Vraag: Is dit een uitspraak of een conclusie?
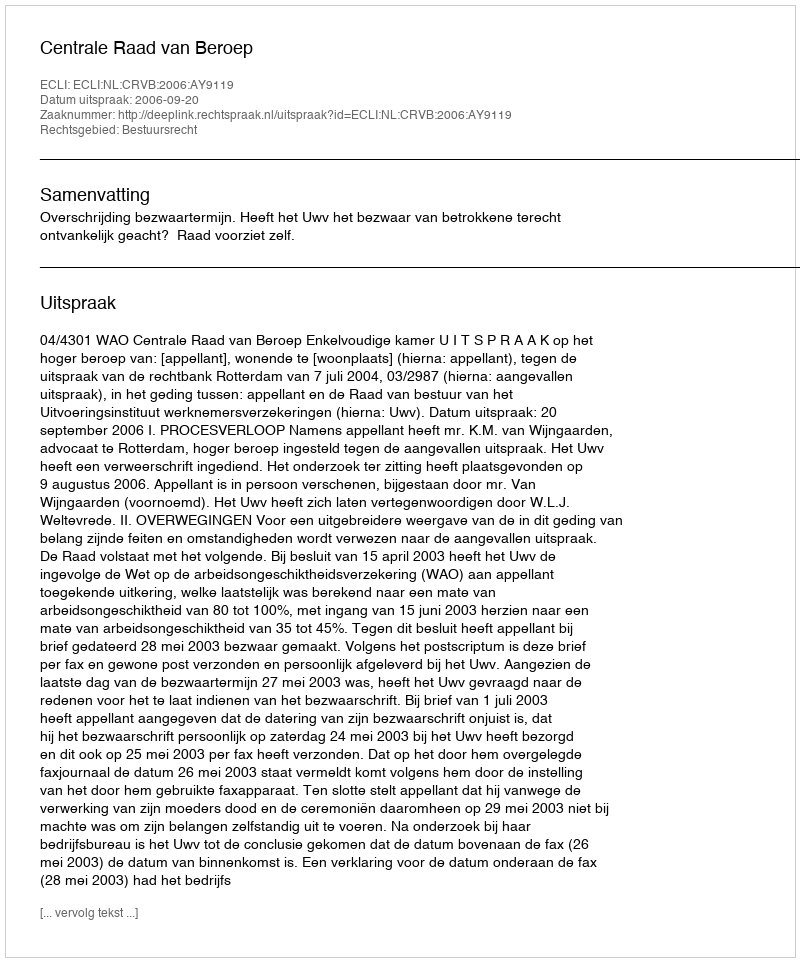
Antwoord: Uitspraak